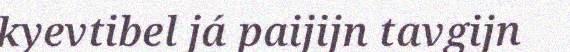
kyevtibel já paijijn tavgijn